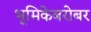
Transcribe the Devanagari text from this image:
भूमिकेबरोबर